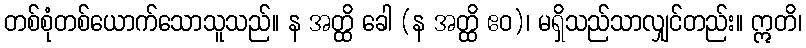
တစ်စုံတစ်ယောက်သောသူသည်။ န အတ္ထိ ခေါ (န အတ္ထိ ဧဝ)၊ မရှိသည်သာလျှင်တည်း။ ဣတိ၊